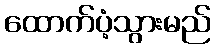
ထောက်ပံ့သွားမည်